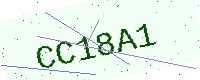
Text: CC18A1